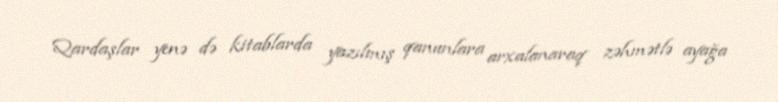
Qardaşlar yenə də kitablarda yazılmış qanunlara arxalanaraq zəhmətlə ayağa